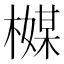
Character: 𬄪